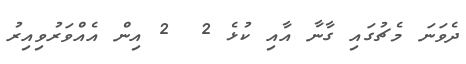
ދެވަނަ މެޗުގައި ގާނާ އާއި ކުޅެ 2  2 އިން އެއްވަރުވިއިރު